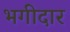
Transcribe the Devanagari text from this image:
भगीदार